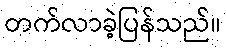
တက်လာခဲ့ပြန်သည်။